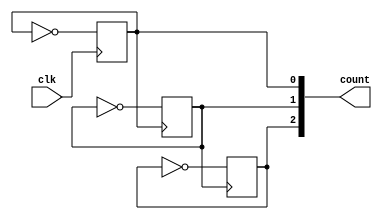
`timescale 1ns / 1ps
//////////////////////////////////////////////////////////////////////////////////
// Company: 
// Engineer: 
// 
// Design Name: 
// Module Name: main
// Project Name: 
// Target Devices: 
// Tool Versions: 
// Description: 
// 
// Dependencies: 
// 
// Revision:
// Revision 0.01 - File Created
// Additional Comments:
// 
//////////////////////////////////////////////////////////////////////////////////


module main(
    input clk,
    //input rst,
    output reg [2:0] count
    );
    
    initial count=3'b0;
    
    always @(negedge clk)
    count[0]<=~count[0];
    
    always@(negedge count[0])
    count[1]<=~count[1];
    
    always@(negedge count[1])
    count[2]<=~count[2];
endmodule